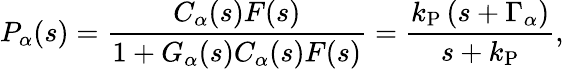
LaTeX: P_{\alpha}(s)=\frac{C_{\alpha}(s)F(s)}{1+G_{\alpha}(s)C_{\alpha}(s)F(s)}=\frac{k_{\mathrm{P}}\left(s+\Gamma_{\alpha}\right)}{s+k_{\mathrm{P}}},